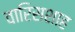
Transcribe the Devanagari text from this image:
वारिसशाह